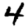
Digit: 4